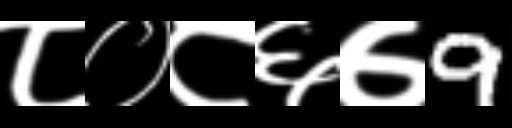
Text: ८०८६७9